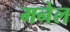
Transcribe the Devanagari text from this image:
मनेल